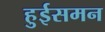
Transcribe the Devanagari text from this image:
हुईसमन